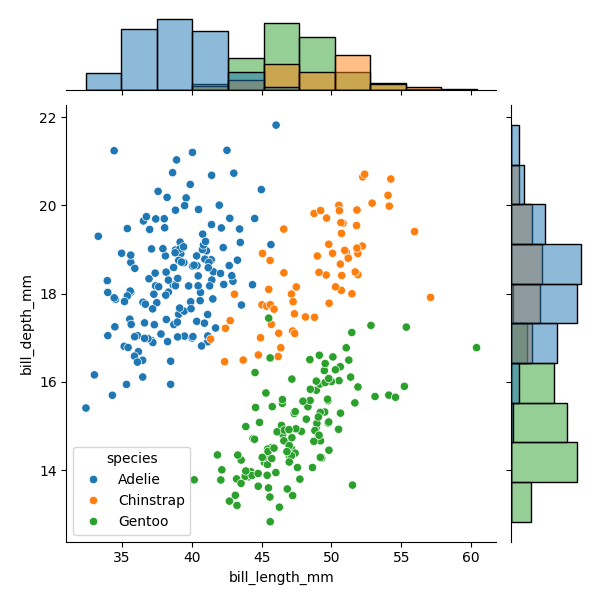
python, seaborn, JointGrid, scatterplot, histplot, hue